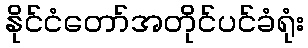
နိုင်ငံတော်အတိုင်ပင်ခံရုံး